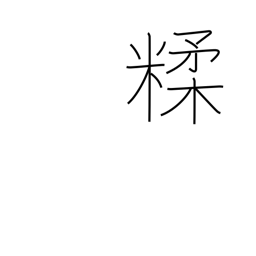
Meaning: mix